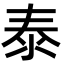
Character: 泰